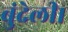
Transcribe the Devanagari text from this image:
बुंदेली।